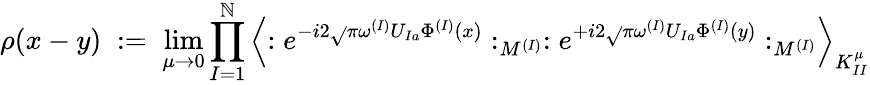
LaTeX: \rho(x-y)\; :=\; \operatorname*{lim}_{\mu\rightarrow0}\prod_{I=1}^{\mathbb{N}}\left\langle:e^{-i2\sqrt{}{{\pi}}\omega^{(I)}U_{Ia}\Phi^{(I)}(x)}:_{M^{(I)}}:e^{+i2\sqrt{}{{\pi}}\omega^{(I)}U_{Ia}\Phi^{(I)}(y)}:_{M^{(I)}}\right\rangle_{K_{II}^{\mu}}